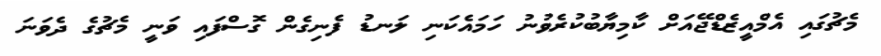
މެޗުގައި އެމްއީޒެޑްޖޭއަށް ކާމިޔާބުކުރެވުނު ހަމައެކަނި ލަނޑު ފެނިގެން ގޮސްފައި ވަނީ މެޗުގެ ދެވަނަ